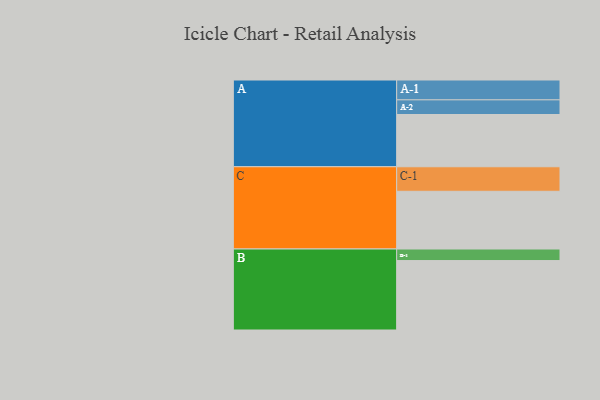
{"axis": {"x": "Segment", "y": "Value"}, "legend": ["", "A", "B", "C"], "data": [{"x": "A", "y": 371, "type": ""}, {"x": "B", "y": 493, "type": ""}, {"x": "C", "y": 410, "type": ""}, {"x": "A-1", "y": 141, "type": "A"}, {"x": "A-2", "y": 104, "type": "A"}, {"x": "B-1", "y": 82, "type": "B"}, {"x": "C-1", "y": 174, "type": "C"}]}